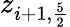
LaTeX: z_{i+1,\frac{5}{2}}